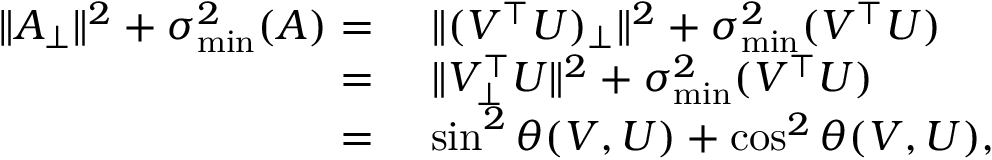
\begin{array} { r l } { \| A _ { \bot } \| ^ { 2 } + \sigma _ { \operatorname* { m i n } } ^ { 2 } ( A ) = } & { ~ \| ( V ^ { \top } U ) _ { \bot } \| ^ { 2 } + \sigma _ { \operatorname* { m i n } } ^ { 2 } ( V ^ { \top } U ) } \\ { = } & { ~ \| V _ { \bot } ^ { \top } U \| ^ { 2 } + \sigma _ { \operatorname* { m i n } } ^ { 2 } ( V ^ { \top } U ) } \\ { = } & { ~ \sin ^ { 2 } \theta ( V , U ) + \cos ^ { 2 } \theta ( V , U ) , } \end{array}